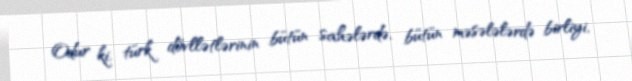
Odur ki, türk dövllətlərinin bütün sahələrdə, bütün məsələlərdə birliyi,